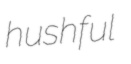
hushful